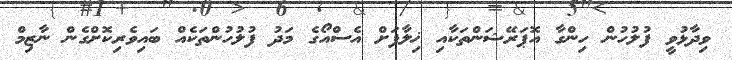
ވިދާޅުވީ ފުލުހުން ހިންގާ އޮޕަރޭޝަންތަކާއި ޚިލާފަށް އެސްއޯގެ މަދު ފުލުހުންތަކެެއް ބައިވެެރިކޮށްގެން ނާޒިމް